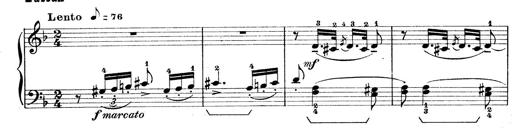
Title: Rapsodie: 19 ungheresi, 1 spagnuola
Composer: Franz Liszt